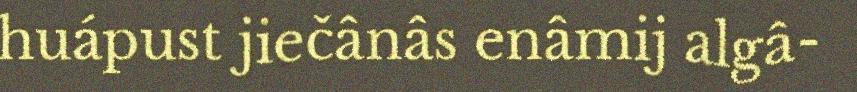
huápust jiečânâs enâmij algâ-